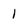
Character: 1